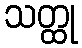
သတ္ထု